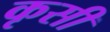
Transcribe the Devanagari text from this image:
कृसी